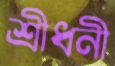
শ্রীধনী